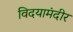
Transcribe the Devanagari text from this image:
विदयामंदीर